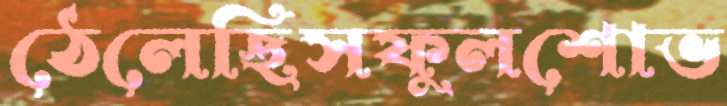
ঠেলেছিসফুলশোভ